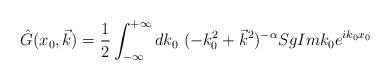
\begin{align*}\hat{G}(x_0,\vec{k})=\frac{1}{2}\int_{-\infty}^{+\infty} dk_0~(-k_0^2+\vec{k}^2)^{-\alpha} Sg Im k_0 e^{ik_0x_0}\end{align*}